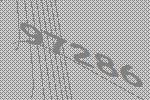
97286